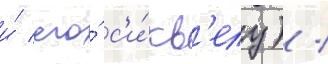
и́ его́ с'и́кв'елу) /